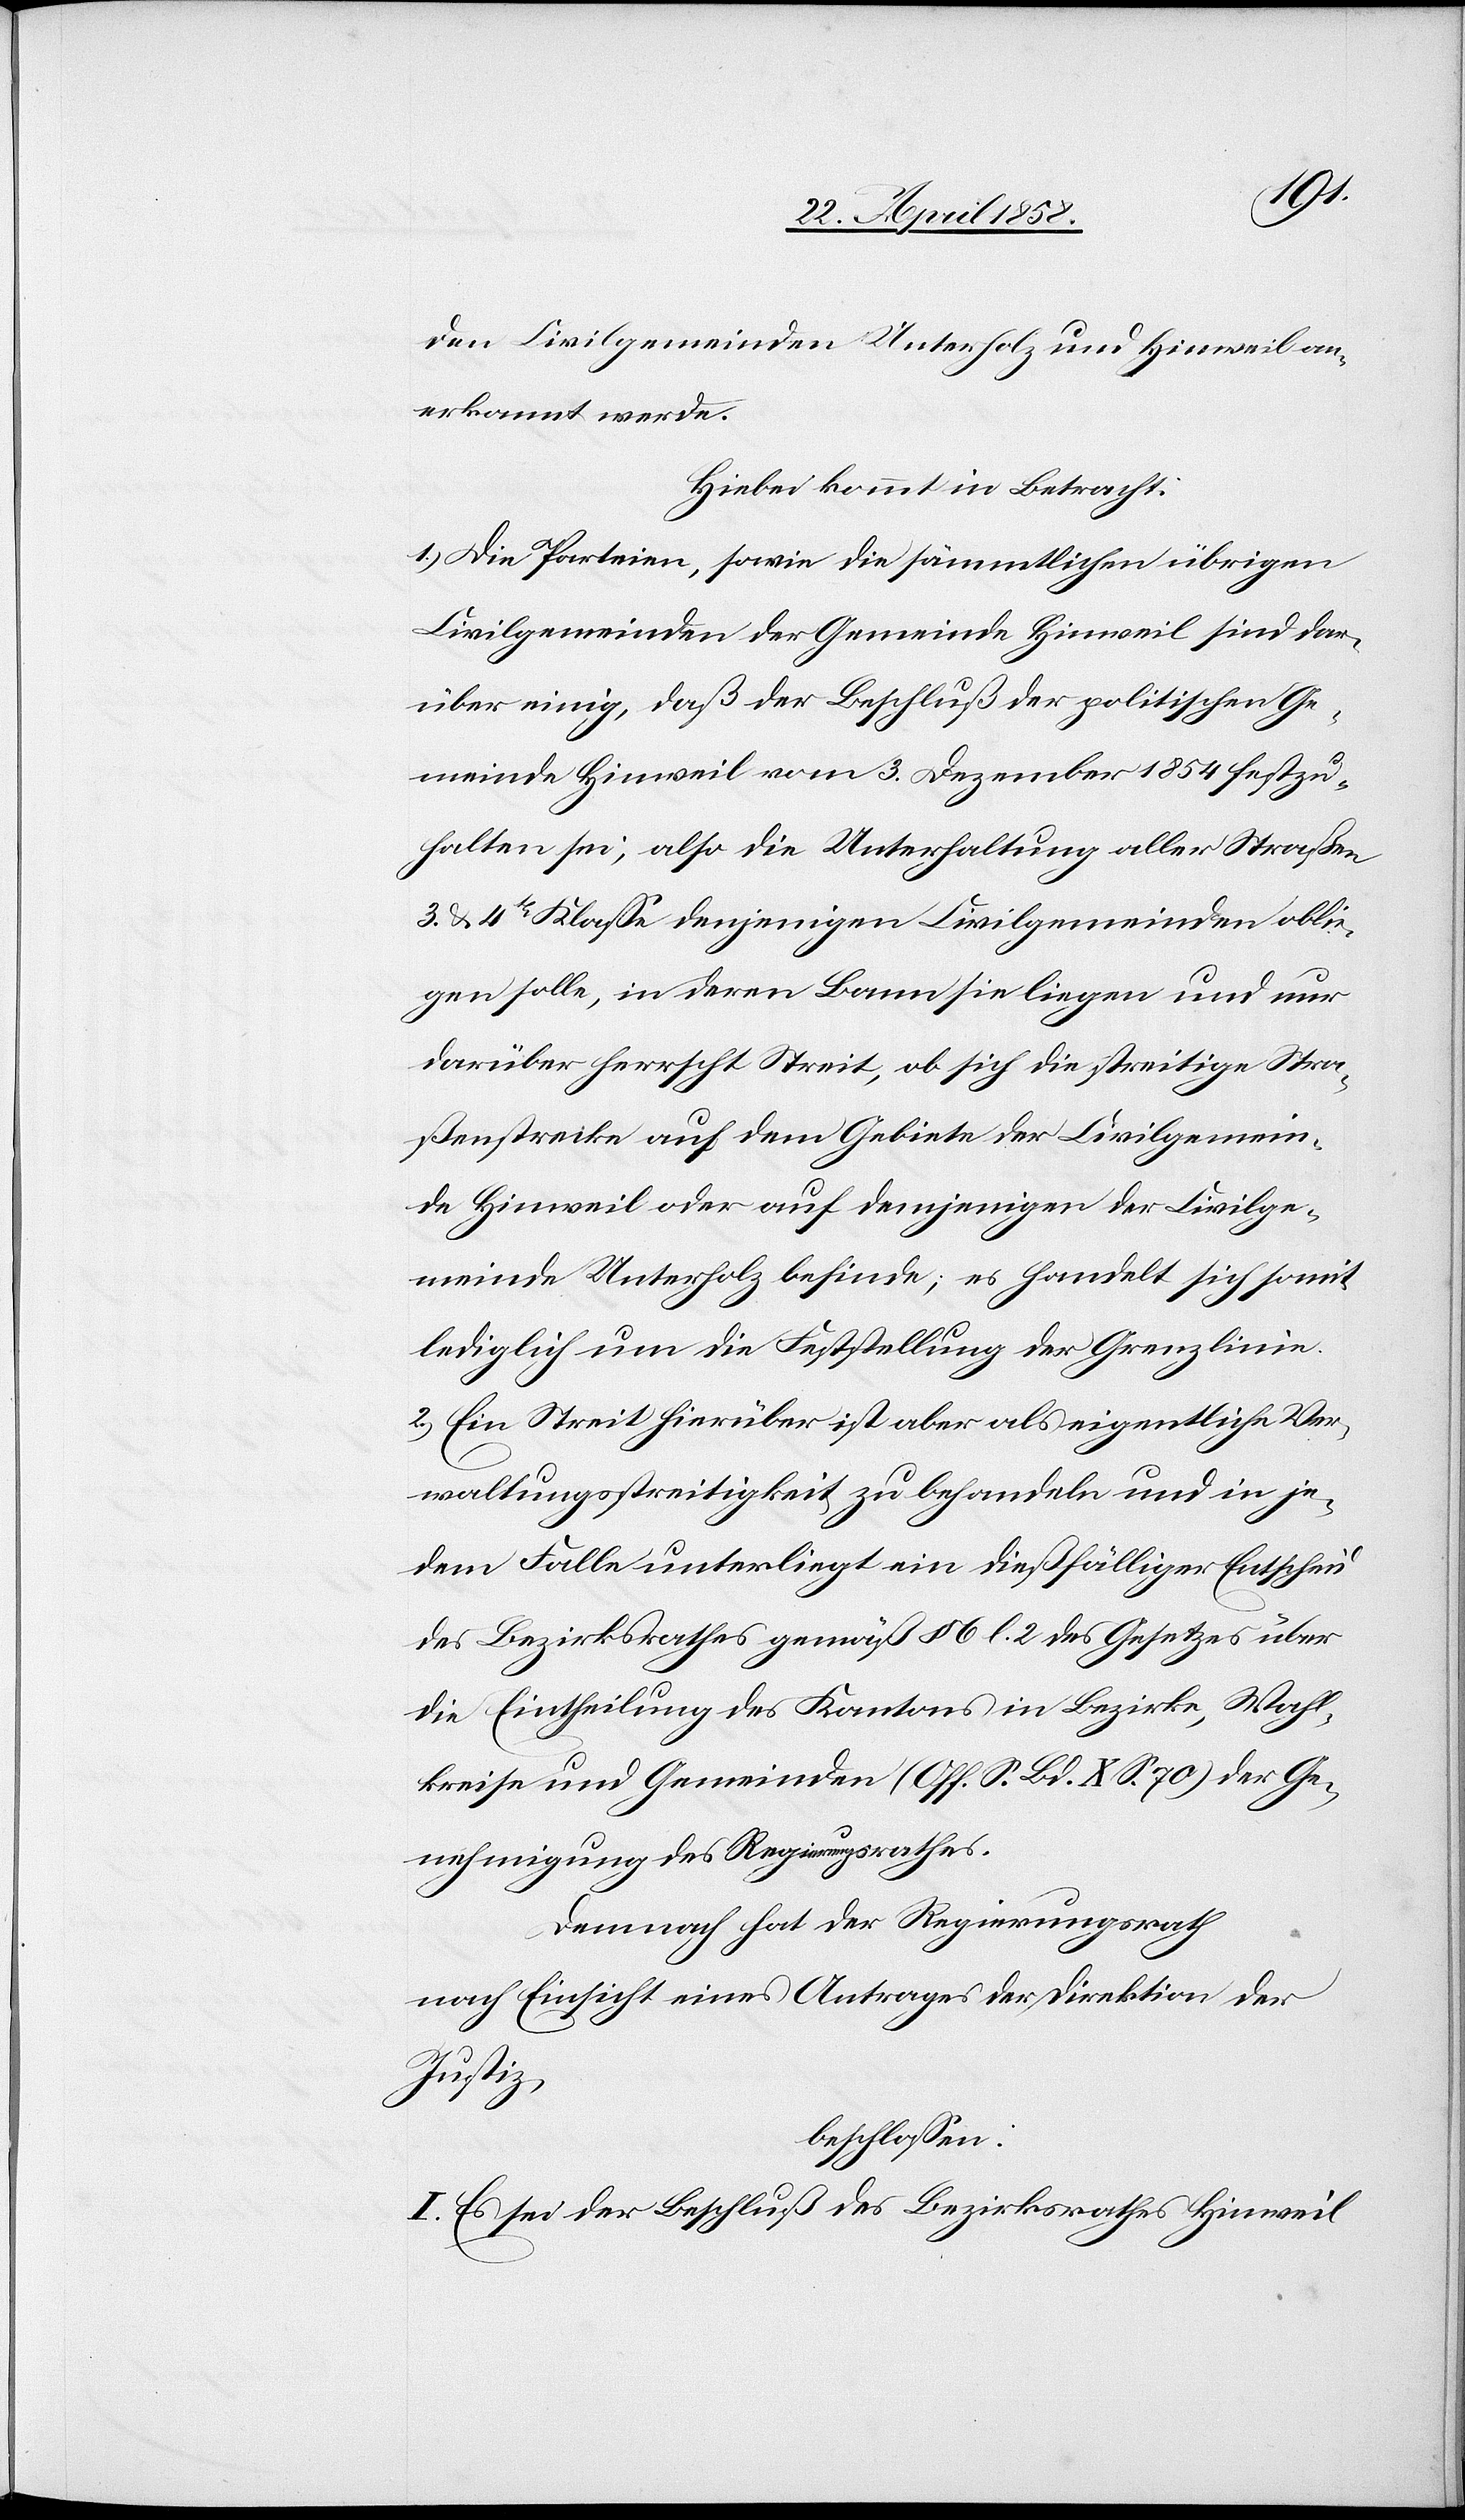
den Civilgemeinden Unterholz und Hinweil an¬
erkannt werde.
Hiebei kommt in Betracht:
1. Die Parteien, sowie die sämmtlichen übrigen
Civilgemeinden der Gemeinde Hinweil sind dar¬
über einig, daß der Beschluß der politischen Ge¬
meinde Hinweil vom 3. Dezember 1854 festzu¬
halten sei, also die Unterhaltung aller Straßen
3. u. 4tr Klasse denjenigen Civilgemeinden oblie¬
gen solle, in deren Bann sie liegen und nur
darüber herrscht Streit, ob sich die streitige Stra¬
ßenstrecke auf dem Gebiete der Civilgemein¬
de Hinweil oder auf demjenigen der Civilge¬
meinde Unterholz befinde; es handelt sich somit
lediglich um die Feststellung der Grenzlinie.
2. Ein Streit hierüber ist aber als eigentliche Ver¬
waltungsstreitigkeit zu behandeln und in je¬
dem Falle unterliegt ein dießfälliger Entscheid
des Bezirksrathes gemäß § 6 l. 2 des Gesetzes über
die Eintheilung des Kantons in Bezirke, Wahl¬
kreise und Gemeinden (Off. S. Bd. X S. 70) der Ge¬
nehmigung des Regierungsrathes.
Demnach hat der Regierungsrath
nach Einsicht eines Antrages der Direktion der
Justiz,
beschlossen:
I. Es sei der Beschluß des Bezirksrath Hinweil